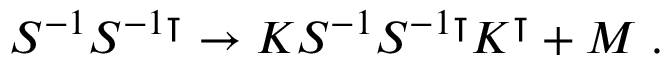
\begin{array} { r } { S ^ { - 1 } S ^ { - 1 \intercal } \rightarrow K S ^ { - 1 } S ^ { - 1 \intercal } K ^ { \intercal } + M \; . } \end{array}